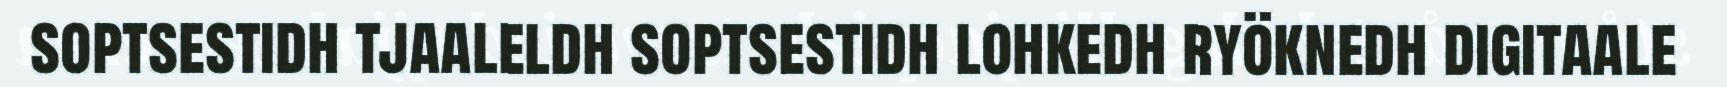
soptsestidh tjaaleldh soptsestidh lohkedh ryöknedh digitaale